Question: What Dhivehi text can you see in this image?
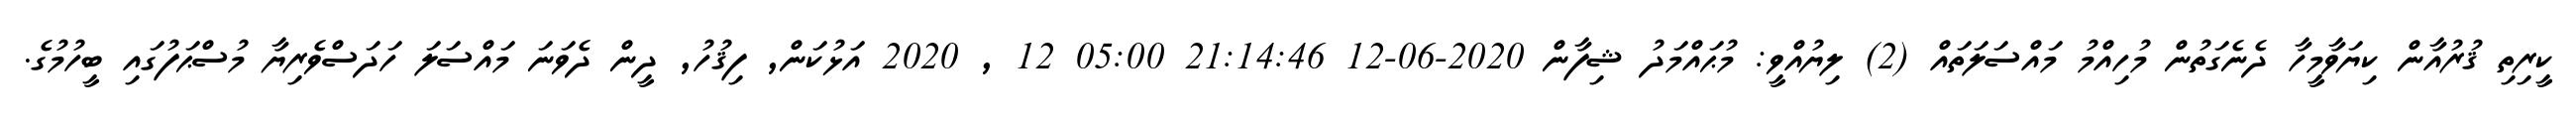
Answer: ކީރިތި ޤުރުއާން ކިޔަވާމީހާ ދެނެގަތުން މުހިއްމު މައްސަލަތައް (2) ލިޔުއްވީ: މުޙައްމަދު ޝިފާން 2020-06-12 21:14:46 05:00 12 , 2020 އަޅުކަން, ފިޤުހު, ދީން ދެވަނަ މައްސަލަ ހަދަސްވެރިޔާ މުސްޙަފުގައި ބީހުމުގެ.